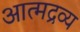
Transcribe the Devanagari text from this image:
आत्मद्रव्य